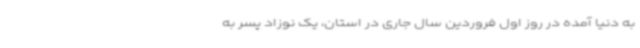
به دنیا آمده در روز اول فروردین سال جاری در استان، یک نوزاد پسر به